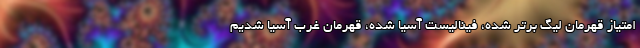
امتیاز قهرمان لیگ برتر شده، فینالیست آسیا شده، قهرمان غرب آسیا شدیم